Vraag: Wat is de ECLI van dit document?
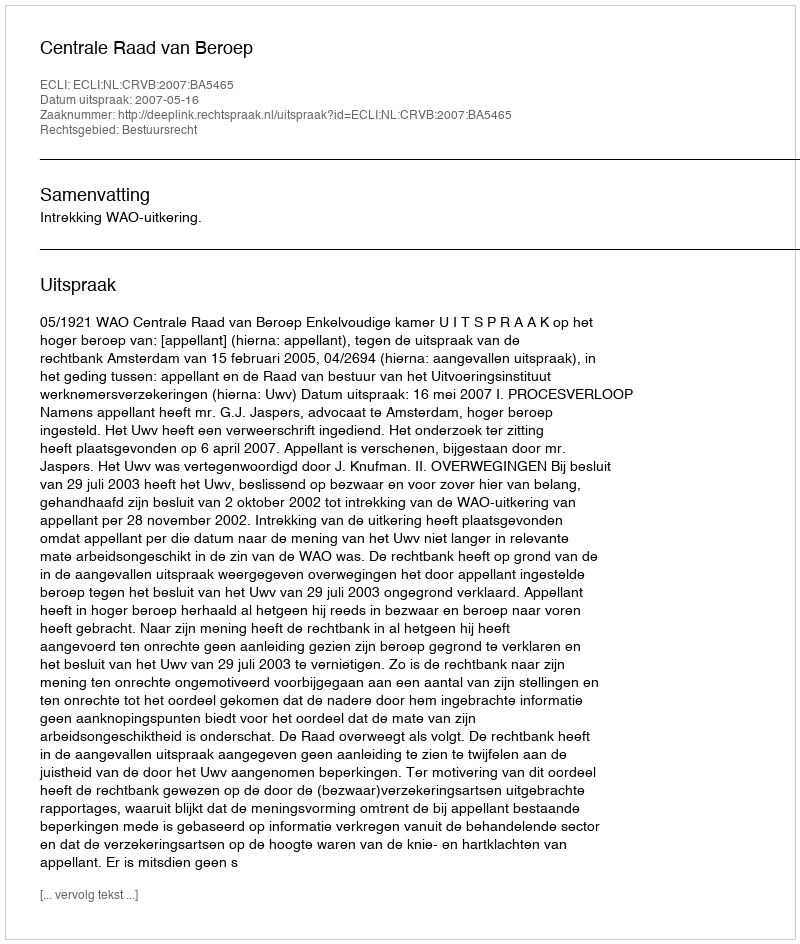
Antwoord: ECLI:NL:CRVB:2007:BA5465